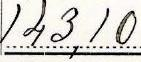
143,10